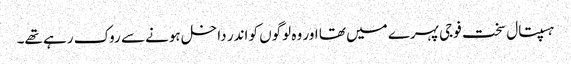
ہسپتال سخت فوجی پہرے میں تھا اور وہ لوگوں کو اندر داخل ہونے سے روک رہے تھے۔